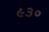
૯૩૦